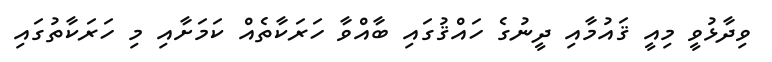
ވިދާޅުވީ މިއީ ޤައުމާއި ދީނުގެ ހައްޤުގައި ބާއްވާ ހަރަކާތެއް ކަމަށާއި މި ހަރަކާތުގައި